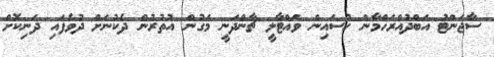
ސާޖަންޓު އަބްދުއްރަހްމާން ހުސައިން ވައްޓާލީ ޗާންދަނީ މަގުން އުތުރުން ދެކުނަށް ދުވެފައި ދަނިކޮށް